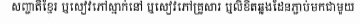
សញ្ជាតិខ្មែរ ឬសៀវភៅស្នាក់នៅ ឬសៀវភៅគ្រួសារ ឬលិខិតឆ្លងដែនភ្ជាប់មកជាមួយ